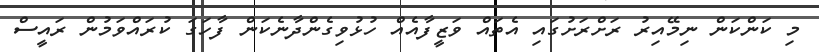
މި ކަންކަން ނިމޭއިރު ރަށްރަށުގައި އެތައް ވަޒީފާއެއް ހުޅުވިގެންދާނެކަން ފާހަގަ ކުރައްވަމުން ރައީސް